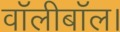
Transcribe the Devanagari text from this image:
वॉलीबॉल।